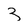
Character: 3